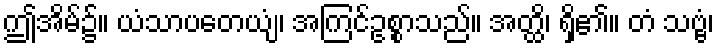
ဤအိမ်၌။ ယံသာပတေယျံ၊ အကြင်ဥစ္စာသည်။ အတ္ထိ၊ ရှိ၏။ တံ သဗ္ဗံ၊